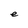
Character: e